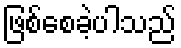
ဖြစ်စေခဲ့ပါသည်